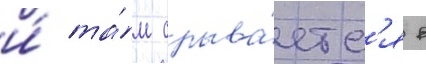
и́ та́м срыва́етс'я в